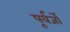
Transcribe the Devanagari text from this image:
पूर्वर्जों